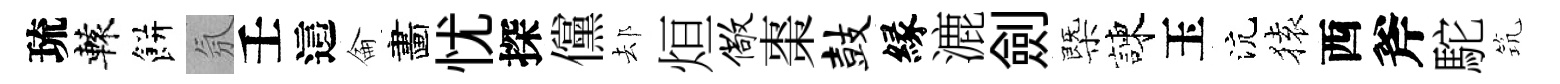
琉轅餅氛壬這侖畵忧探儻𨚫烜儆棗鼓縁漉劍㮣諫玉沆𫞤西斧駝𥬑